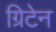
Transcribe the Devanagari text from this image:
ग्रिटेन